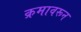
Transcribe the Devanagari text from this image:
क्रमावरून